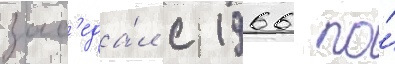
зас'еда́л с 1966 по́